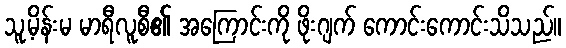
သူ့မိန်းမ မာရီလူစီ၏ အကြောင်းကို ဖိုးဂျက် ကောင်းကောင်းသိသည်။